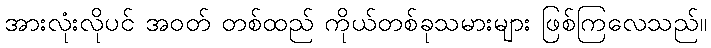
အားလုံးလိုပင် အဝတ် တစ်ထည် ကိုယ်တစ်ခုသမားများ ဖြစ်ကြလေသည်။